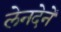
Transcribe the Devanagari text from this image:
लेनदेनें